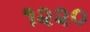
૧૨૨૦